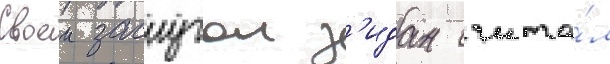
Своеи заслугои з'идан счита́л